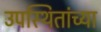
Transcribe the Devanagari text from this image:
उपस्थितांच्या